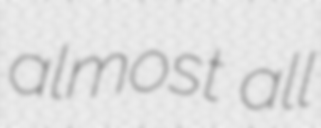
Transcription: almost all